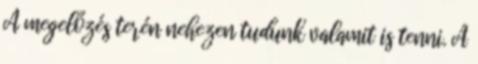
A megelőzés terén nehezen tudunk valamit is tenni. A